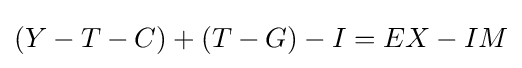
(Y-T-C)+(T-G)-I=EX-IM